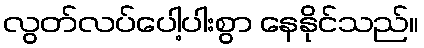
လွတ်လပ်ပေါ့ပါးစွာ နေနိုင်သည်။